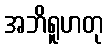
အဘိရူဟတု